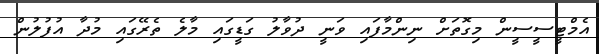
އެމްޓީސީސީން މިގޮތަށް ނިންމާފައި ވަނީ ދުވާލު ގަޑީގައި މާލެ ތެރޭގައި މުދާ އުފުލުން